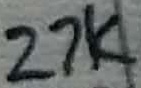
Text: 27K